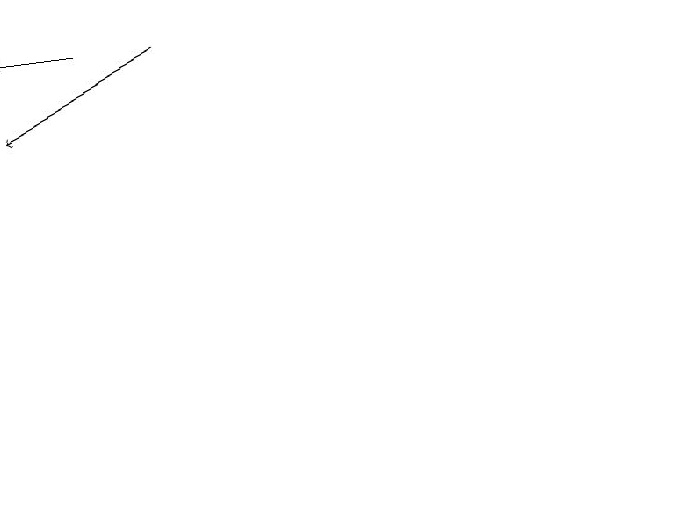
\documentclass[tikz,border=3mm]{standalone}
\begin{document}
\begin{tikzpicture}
\draw (11,12) circle (0);
\draw[->] (5,18) -- (3,17);
\draw[->] (4,18) -- (3,18);
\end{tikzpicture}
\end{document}